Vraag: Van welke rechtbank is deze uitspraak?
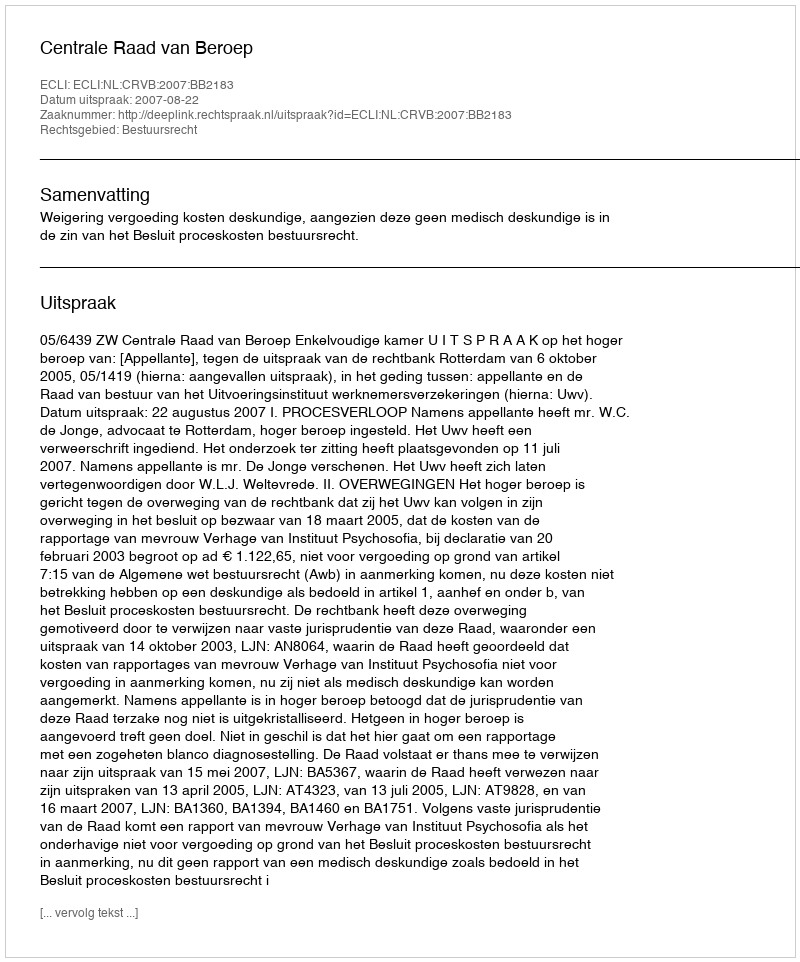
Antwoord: Centrale Raad van Beroep